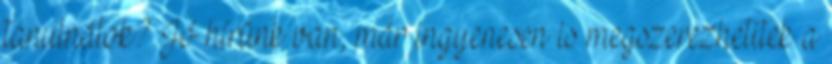
tanulnátok? Jó hírünk van, már ingyenesen is megszerezhetitek a